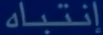
إنتباه